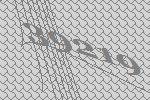
39219